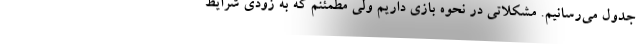
جدول می‌رسانیم. مشکلاتی در نحوه بازی داریم ولی مطمئنم که به زودی شرایط